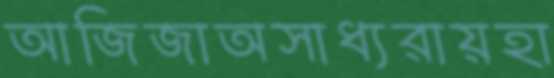
আজিজাঅসাধ্যরায়হা